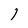
Character: 1